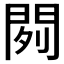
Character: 𰿞